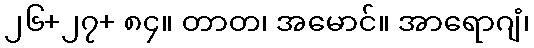
၂၆+၂၇+ ၈၄။ တာတ၊ အမောင်။ အာရောဂျံ၊